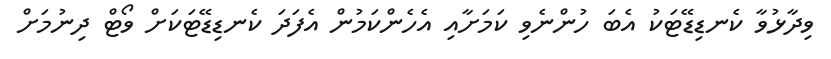
ވިދާޅުވާ ކެނޑިޑޭޓަކު އެބަ ހުންނެވި ކަމަށާއި އެހެންކަމުން އެފަދަ ކެނޑިޑޭޓަކަށް ވޯޓް ދިނުމަށް